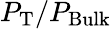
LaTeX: P_{\mathrm{T}}/P_{\mathrm{Bulk}}